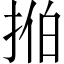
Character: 𫼻